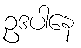
ဥဒပါနေ